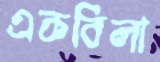
একবিলা